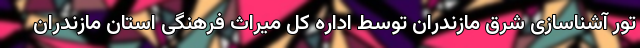
تور آشناسازی شرق مازندران توسط اداره کل میراث فرهنگی استان مازندران